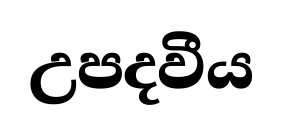
උපදවීය